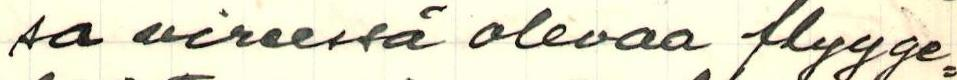
sa vireessä olevaa flyyge=